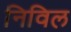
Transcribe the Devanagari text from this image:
निविल